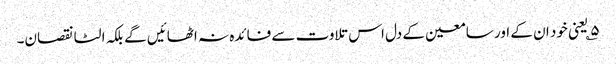
۵؎ یعنی خود ان کے اور سامعین کے دل اس تلاوت سے فائدہ نہ اٹھائیں گے بلکہ الٹا نقصان۔